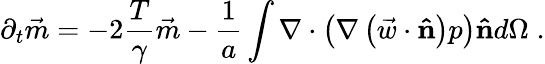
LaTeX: \partial_{t}\vec{m}=-2\frac{T}{\gamma}\vec{m}-\frac{1}{a}\int\nabla\cdot\left(\nabla\left(\vec{w}\cdot\mathbf{\hat{n}}\right)p\right)\mathbf{\hat{n}}d\Omega\; .